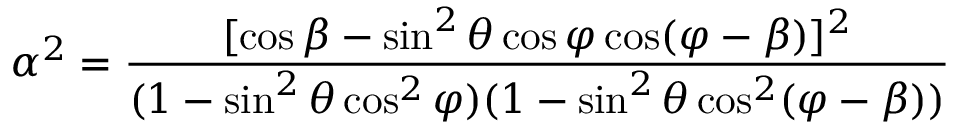
\alpha ^ { 2 } = \frac { [ \cos \beta - \sin ^ { 2 } \theta \cos \varphi \cos ( \varphi - \beta ) ] ^ { 2 } } { ( 1 - \sin ^ { 2 } \theta \cos ^ { 2 } \varphi ) ( 1 - \sin ^ { 2 } \theta \cos ^ { 2 } ( \varphi - \beta ) ) }